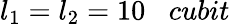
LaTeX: l_{1}=l_{2}=10\; \; \; cubit